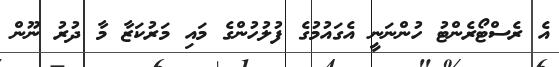
އެ ރެސްޓޯރެންޓު ހުންނަނީ އެގައުމުގެ ފުލުހުންގެ މައި މަރުކަޒާ މާ ދުރު ނޫން